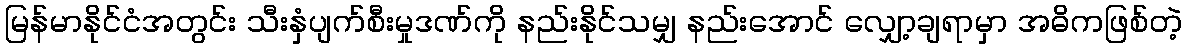
မြန်မာနိုင်ငံအတွင်း သီးနှံပျက်စီးမှုဒဏ်ကို နည်းနိုင်သမျှ နည်းအောင် လျှော့ချရာမှာ အဓိကဖြစ်တဲ့